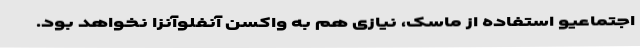
اجتماعیو استفاده از ماسک، نیازی هم به واکسن آنفلوآنزا نخواهد بود.